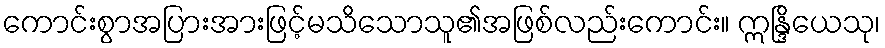
ကောင်းစွာအပြားအားဖြင့်မသိသောသူ၏အဖြစ်လည်းကောင်း။ ဣန္ဒြိယေသု၊